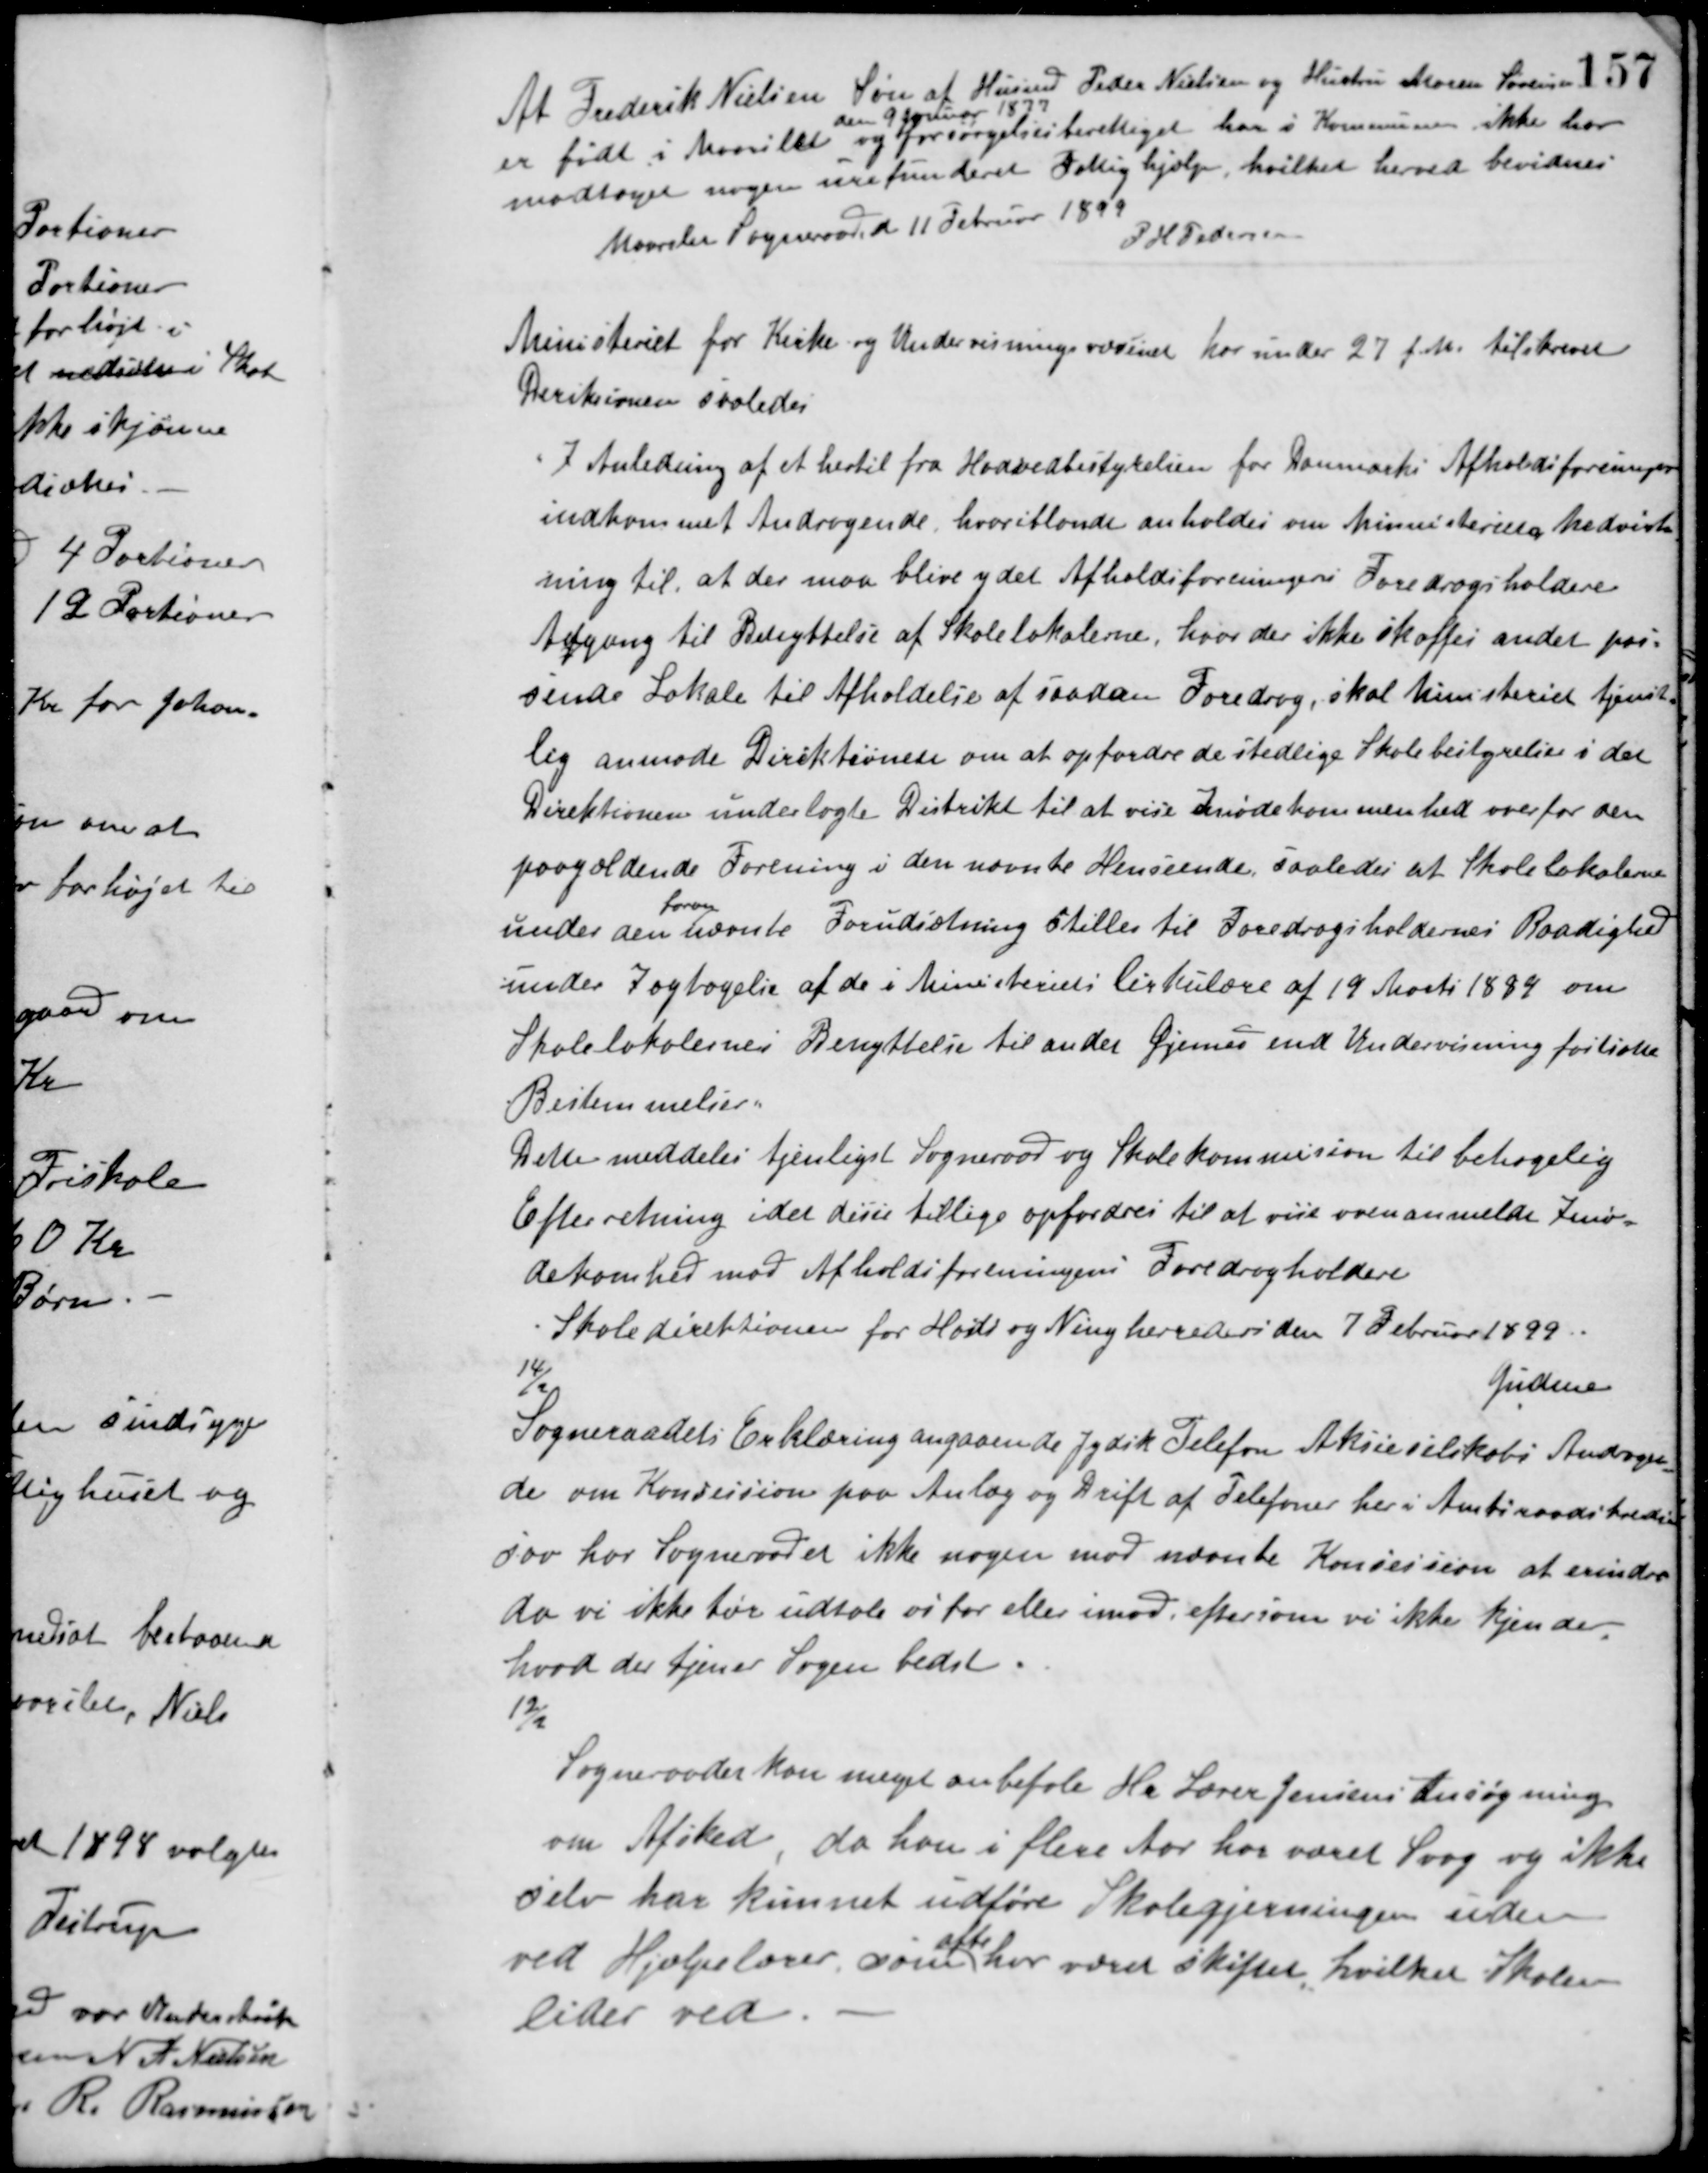
Transskription:
At Frederik Nielsen Søn af Husmd. Peder Nielsen og Hustru Maren Sørensen
er født i Maarslet
den 9 Januar 1877
og forsørgelsesberettiget her i Kommunen ikke har
modtaget nogen urefunderet Fattighjælp, hvilket herved bevidnes
Maarslet Sogneraad d. 11 Februar 1899
P. H. Petersen
Ministeriet for Kirke og Undervisningsvæsenet har under 27 f. M. tilskrevet
Direksionen saaledes
I Anledning af et hertil fra Hovedbestyrelsen for Danmarks Afholdsforeninger
indkommet Andragende, hvoriblandt anholdes om Ministeriets Medvirk-
ning til, at der maa blive ydet Afholdsforeningens Foredragsholdere
Adgang til Benyttelse af Skolelokalerne, hvor der ikke skaffes andet pas-
sende Lokale til Afholdelse af saadan Foredrag, skal Ministeriet tjenst-
lig anmode Direktionen om at opfordre de stedlige Skolebestyrelser i det
Direktionen underlagte Distrikt til at vise imødekommenhed over for den
paagældende Forening i den nævnte Henseende, saaledes at Skolelokalerne
under den
foran
nævnte Forudsætning stilles til Foredragsholdernes Raadighed
under Iagtagelse af de i Ministeriets Cirkulære af 19 Marts 1884 om
Skolelokalernes Benyttelse til ander Øjemed end Undervisning fastsatte
Bestemmelser.
Dette meddeles tjenligst Sogneraad og Skolekommision til behagelig
Efterretning idet disse tillige opfordres til at vise ovenanmelde Imø-
dekomhed mod Afholdsforeningens Foredragholdere
Skoledirektionen for Hads og Ning herreder den 7 Februar 1899.
Gudene
14/2
Sogneraadets Erklæring angaaende Jydsk Telefon Aksieselskabs Andragen-
de om Konsession paa Anlæg og Drift af Telefoner her i Amtsraadskredsen
saa har Sogneraadet ikke nogen mod nævnte Konsession at erindre
da vi ikke tør udtale os for eller imod, eftersom vi ikke kjender
hvad der tjener Sagen bedst.
12/2
Sogneraadet kan meget anbefale Hr. Lærer Jensens Ansøgning
om Afsked, da han i flere Aar har været Svag og ikke
selv har kunnet udføre Skolegjerningen uden
ved Hjælpelærer, som
ofte
har været skiftet, hvilket Skolen
lider ved.